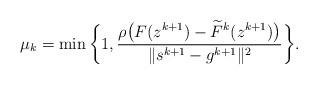
LaTeX: \begin{align*}{\mu}_k = \min\bigg\{1, \frac{\rho\big(F(z^{k+1}) - \widetilde{F}^k(z^{k+1})\big)}{\|s^{k+1}- g^{k+1}\|^2}\bigg\}.\end{align*}